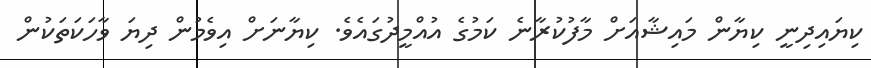
ކިޔައިދިނީ ކިޔާން މައިޝާއަށް މާފުކުރާނެ ކަމުގެ އުއްމީދުގައެވެ. ކިޔާނަށް އިވެމުން ދިޔަ ވާހަކަތަކުން